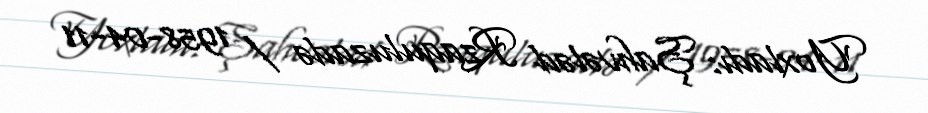
Yoxladı: Şahvələd Rzaquluzadə / 1958-04-11